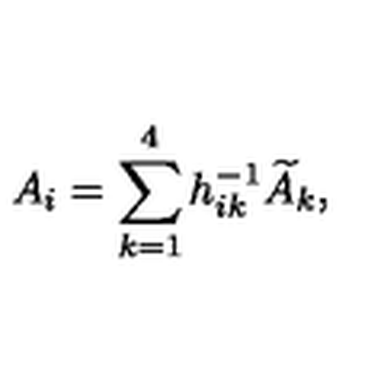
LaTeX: A _ { i } = \sum _ { k = 1 } ^ { 4 } h _ { i k } ^ { - 1 } \widetilde { A } _ { k } ,